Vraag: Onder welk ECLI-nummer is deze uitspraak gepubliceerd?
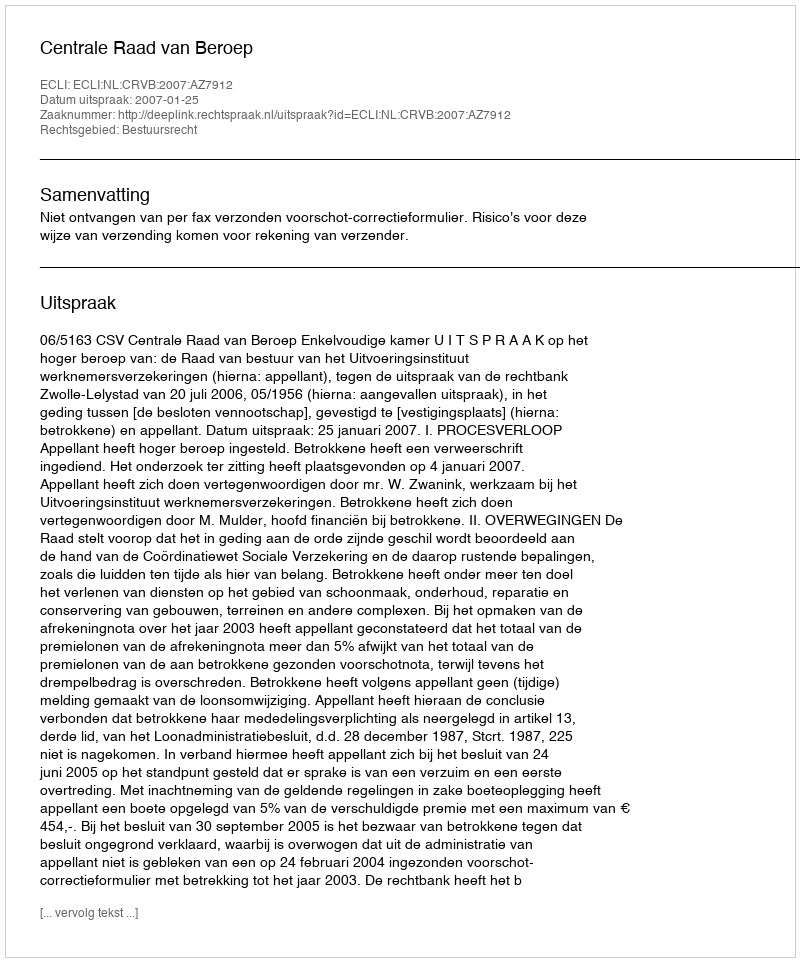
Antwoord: ECLI:NL:CRVB:2007:AZ7912